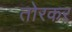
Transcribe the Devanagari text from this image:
तोरकर